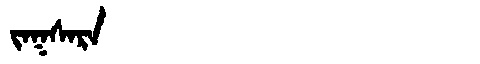
Manchu: ᠵᠠᡴᠰᠠᡵᠠ
Romanization: JAKSARA